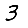
Digit: 3